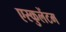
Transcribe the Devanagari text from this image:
एस्कुलेंटम